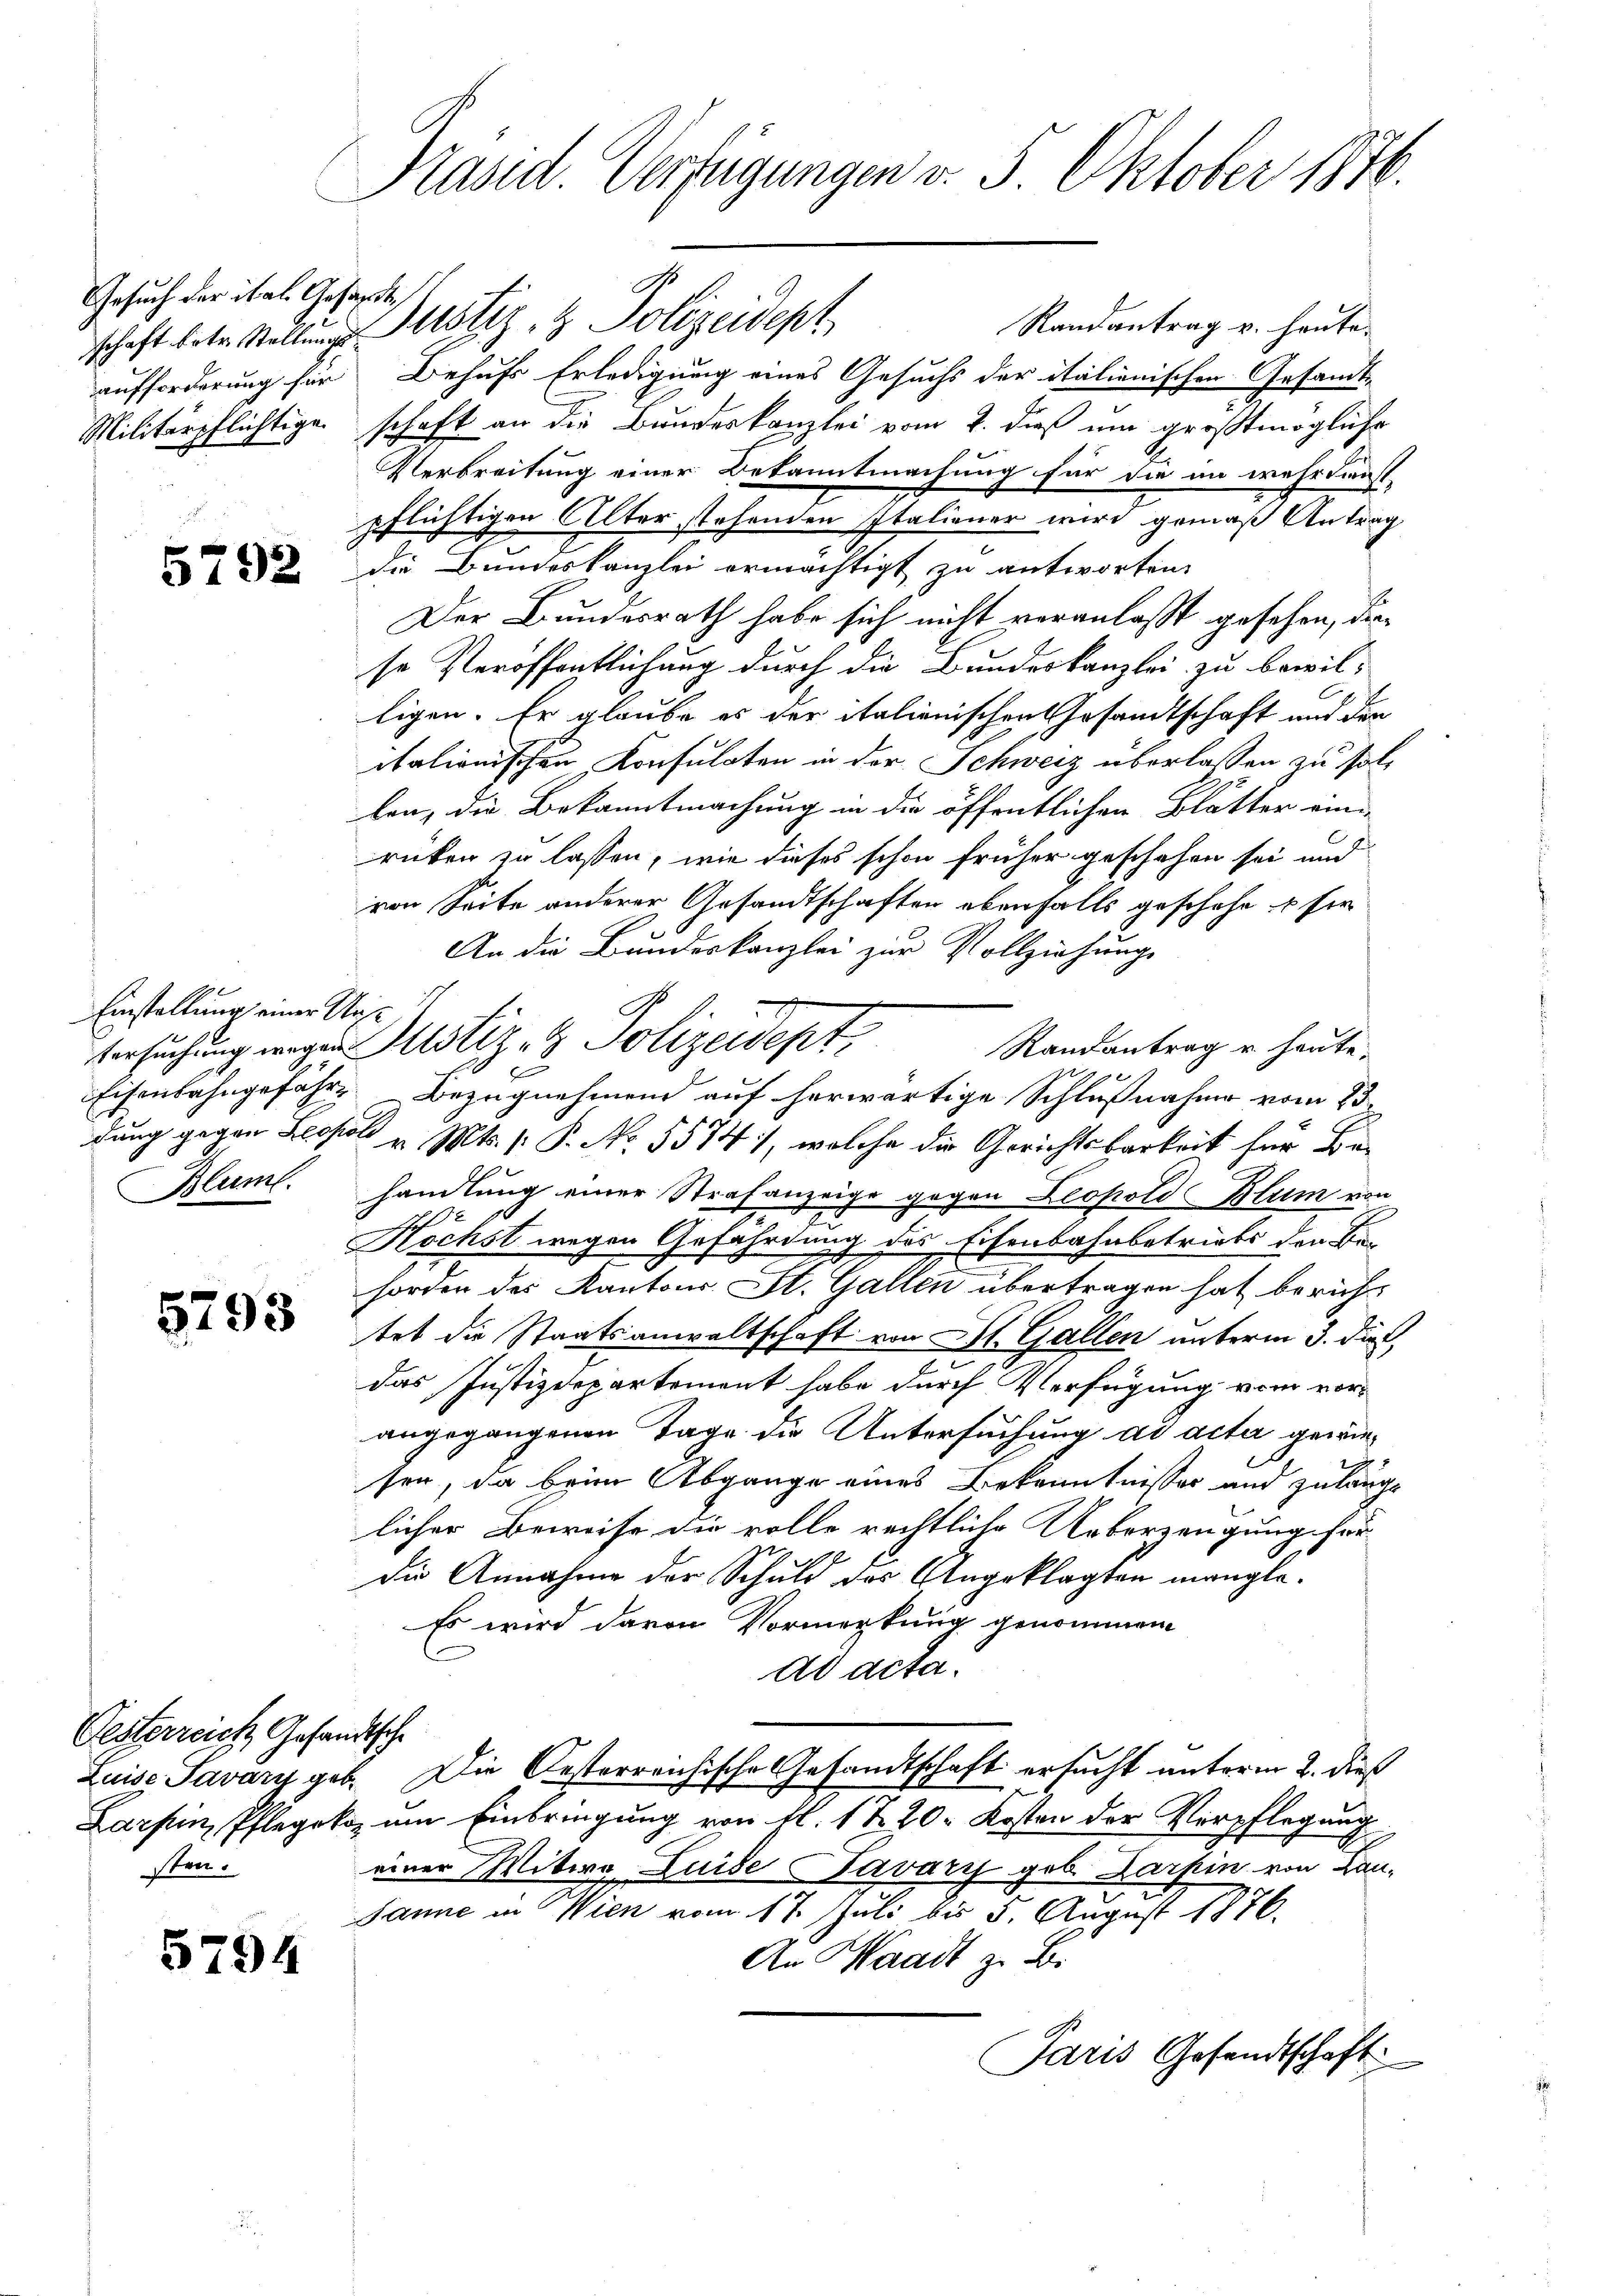
Gesuch der ital. Gesandt

5792

Einstellung einer Aus¬

5793

Gesterreich Gesandtsche
Sten

5794

Präsid. Verfügungen v. 5. Oktober 1816.

Randantrag v. heute.
schaft betr. Stellung. Justiz- & Polizeidept
aufforderung für Behufs Erledigung eines Gesuchs der italienischen Gesandt-
Militärpflichtigen schaft an die Bundeskanzlei vom 2. dieß um größtmögliche
Verbreitung einer Bekanntmachung für die in wehrdienst-
pflichtigen Alter stehenden Italiener wird gemäß Antrag
die Bundeskanzlei ermächtigt zu antworten.
Der Bundesrath habe sich nicht veranlaßt gesehen, dase Veröffentlichung durch die Bundeskanzlei zu bewilligen. Er glaube es der italienischen Gesandtschaft und der
calionischen Konsulaten in der Schweiz überlassen zu sollen, die Bekanntmachung in die öffentlichen Blätter ein
rücken zu lassen, wie dieses schon früher geschehen sei und
von Seite anderer Gesandtschaften ebenfalls geschehe u für
An die Bundeskanzlei zur Vollziehung
Randantrag u. heute.
b
Eisenbahngefähr. Bezugnehmend auf herwärtige Schlußnahme vom 23.
dung gegen Leopol v. Mts. [ P. No. 5574), welche die Gerichtsbarkeit für Be¬
Bluml. handlung einer Strafanzeige gegen Leopold Blum von
72 18
Höchst wegen Gefährdung des Eisenbahnbetriebs den Behorden des Kantons St. Gallen übertragen hat berichtet die Staatsanwaltschaft von St. Gallen unterm 3. die
das Justizdepartement habe durch Verfügung vom vorangegangenen Tage die Untersuchung ad acta gewiesen, da beim Abgange eines Bekanntnisses und zulange
licher Beweise die volle rechtliche Ueberzeugung für
Die Annahme der Schuld des Angeklagten mangle¬
Es wird davon Vormerkung genommen
ad acta.
Luise Savary geb. Die Oesterreichische Gesandtschaft ersucht unterm 2. dieß
Larfin, Pflegeko um Einbringung von fl. 17. 20. Kosten der Verpflegung
einer Witwe Luise Pavary geb. Darpin von Lan-
Janne in Wien vom 17. Juli bis 5. August 1876.
An Waadt z. B.
Paris Gesandtschaft

Versuchung wegen Mustiz- & Polizeidept,